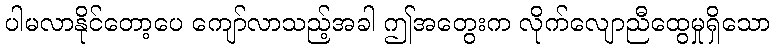
ပါမလာနိုင်တော့ပေ ကျော်လာသည့်အခါ ဤအတွေးက လိုက်လျောညီထွေမှုရှိသော